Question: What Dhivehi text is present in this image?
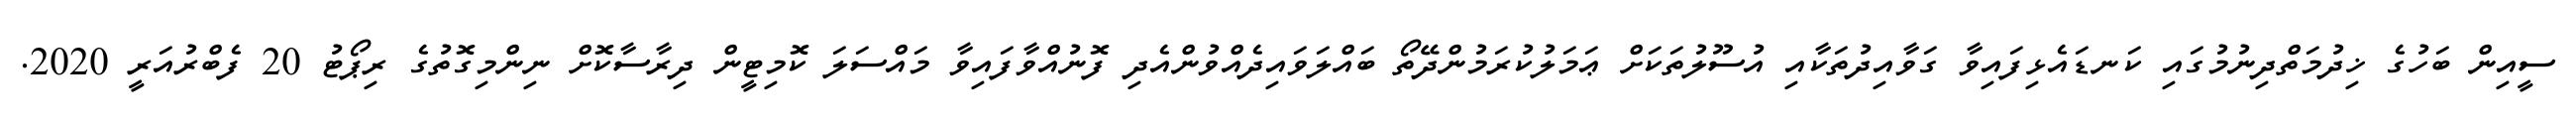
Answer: ސީއިން ބަހުގެ ޚިދުމަތްދިނުމުގައި ކަނޑައެޅިފައިވާ ގަވާއިދުތަކާއި އުސޫލުތަކަށް ޢަމަލުކުރަމުންދޭތޯ ބައްލަވައިދެއްވުންއެދި ފޮނުއްވާފައިވާ މައްސަލަ ކޮމިޓީން ދިރާސާކޮށް ނިންމިގޮތުގެ ރިޕޯޓު 20 ފެބްރުއަރީ 2020.